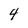
Character: 4